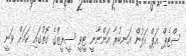
ސްޓެޕް އަޕް އަލުން އަނބުރާ އަންނާނީ ޓީވީ ސީރީޒްގެ ގޮތުގައި ކަމަށް ވަނީ